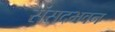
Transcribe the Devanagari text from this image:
संसदभवन